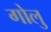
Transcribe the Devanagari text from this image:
गोलु